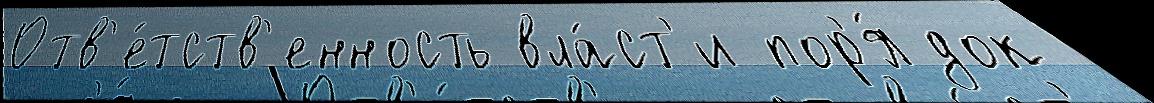
Отв'е́тств'енность вла́ст'и пор'я́док